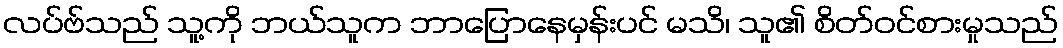
လပ်ဗ်သည် သူ့ကို ဘယ်သူက ဘာပြောနေမှန်းပင် မသိ၊ သူ၏ စိတ်ဝင်စားမှုသည်